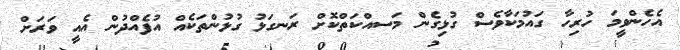
އެހެންވީމަ ހުރިހާ ގައުމަކާވެސް ގުޅިގެން މަސއްކަތްކޮށް ރަނގަޅު ގުޅުންތަކެއް އުފެއްދުން އެއީ ވަރަށް